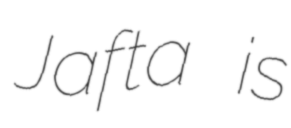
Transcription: Jafta is